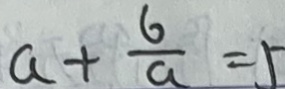
a + \frac { 6 } { a } = 5